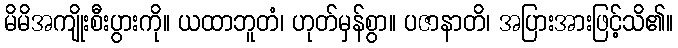
မိမိအကျိုးစီးပွားကို။ ယထာဘူတံ၊ ဟုတ်မှန်စွာ။ ပဇာနာတိ၊ အပြားအားဖြင့်သိ၏။